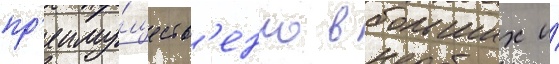
пр'еиму́ществ'енно в больших и́